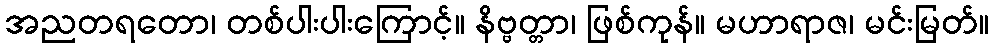
အညတရတော၊ တစ်ပါးပါးကြောင့်။ နိဗ္ဗတ္တာ၊ ဖြစ်ကုန်။ မဟာရာဇ၊ မင်းမြတ်။